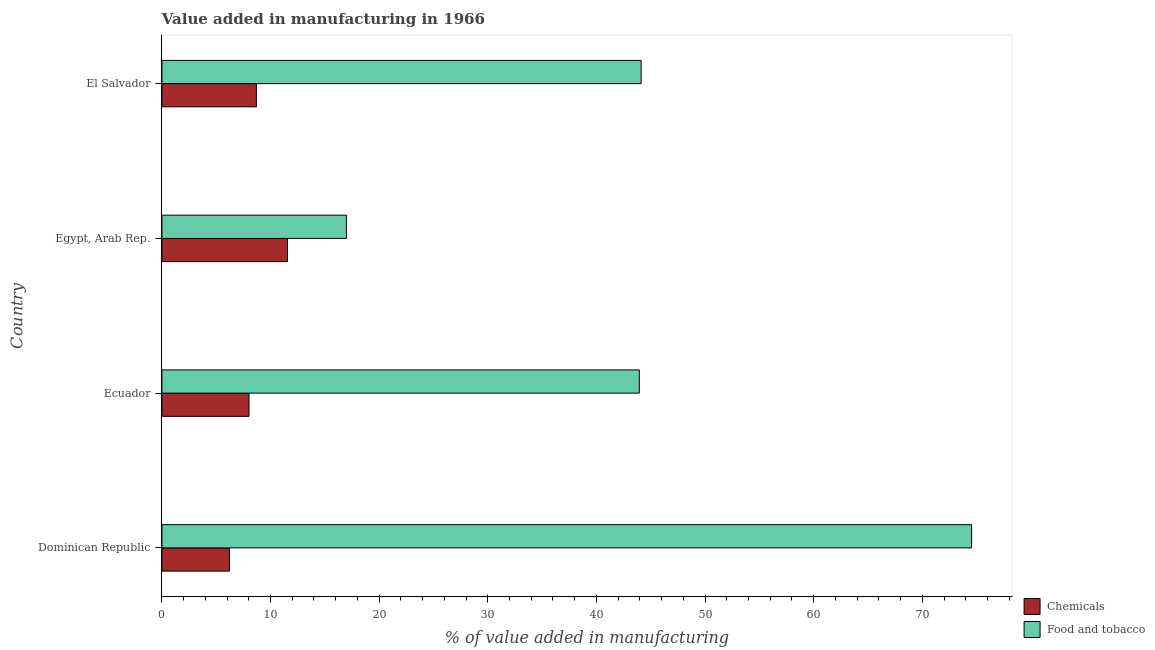
| Country | Chemicals | Food and tobacco |
 | --- | --- | --- |
 | Dominican Republic | 6.21 | 74.5 |
 | Ecuador | 8.02 | 43.9 |
 | Egypt, Arab Rep. | 11.6 | 17 |
 | El Salvador | 8.7 | 44.1 |